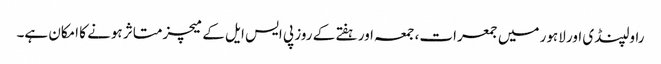
راولپنڈی اور لاہور میں جمعرات، جمعہ اور ہفتے کے روز پی ایس ایل کے میچز متاثر ہونے کا امکان ہے۔